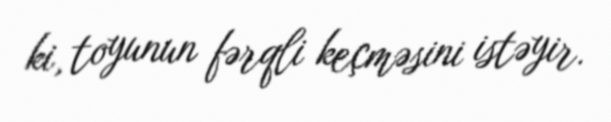
ki, toyunun fərqli keçməsini istəyir.